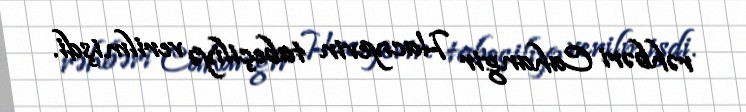
rəhbəri Cahangir Hacıyevin tabeçiliyə verilmişdi.